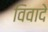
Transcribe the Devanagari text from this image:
विवादे